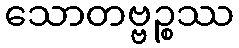
သောတဗ္ဗဉ္စဿ